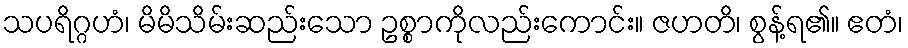
သပရိဂ္ဂဟံ၊ မိမိသိမ်းဆည်းသော ဥစ္စာကိုလည်းကောင်း။ ဇဟတိ၊ စွန့်ရ၏။ ဧတံ၊